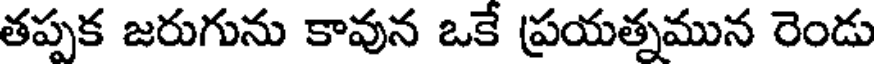
తప్పక జరుగును కావున ఒకే ప్రయత్నమున రెండు